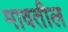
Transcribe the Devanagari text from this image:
मावतील